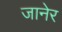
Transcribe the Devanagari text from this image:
जानेर